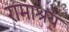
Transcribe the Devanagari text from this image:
रामाश्रय